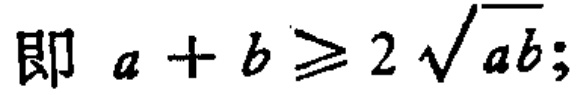
即 \(a + b \geq 2\sqrt{ab};\)